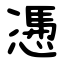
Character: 慿